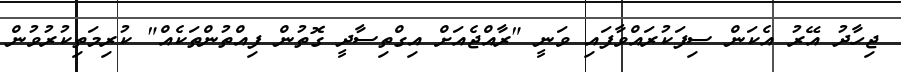
ޖިހާދު އޭރު އެކަން ސިފަކުރައްވާފައި ވަނީ "ރާއްޖެއަށް އިގްތިސާދީ ގޮތުން ފިއްތުންތަކެއް" ކުރިމަތިކުރުވުން